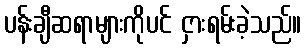
ပန်းချီဆရာများကိုပင် ငှားရမ်းခဲ့သည်။